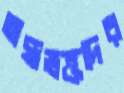
অন্ধভক্তদের